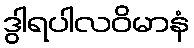
ဒွါရပါလဝိမာနံ